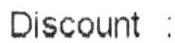
DISCOUNT :